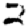
Digit: 2